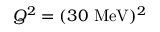
Q ^ { 2 } = ( 3 0 ~ \mathrm { M e V } ) ^ { 2 }